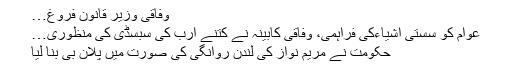
وفاقی وزیر قانون فروغ…
عوام کو سستی اشیاءکی فراہمی، وفاقی کابینہ نے کتنے ارب کی سبسڈی کی منظوری…
حکومت نے مریم نواز کی لندن روانگی کی صورت میں پلان بی بنا لیا